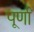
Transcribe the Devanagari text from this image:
पूर्णां